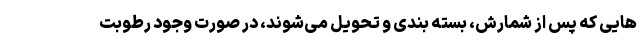
هایی که پس از شمارش، بسته بندی و تحویل می‌شوند، در صورت وجود رطوبت